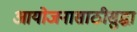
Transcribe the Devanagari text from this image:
आयोजनासाठीसुद्धा